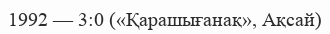
1992 — 3:0 («Қарашығанақ», Ақсай)